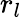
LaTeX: r_{l}